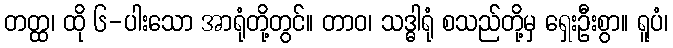
တတ္ထ၊ ထို ၆-ပါးသော အာရုံတို့တွင်။ တာဝ၊ သဒ္ဓါရုံ စသည်တို့မှ ရှေးဦးစွာ။ ရူပံ၊